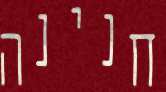
חנינה